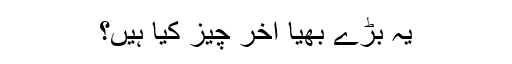
یہ بڑے بھیا آخر چیز کیا ہیں؟